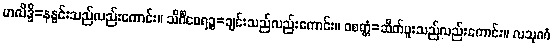
ဟလိဒ္ဒိ=နနွင်းသည်လည်းကောင်း။ သိင်္ဂီဝေရဉ္စ=ချင်းသည်လည်းကောင်း။ ဝစတ္တံ=ဆိတ်ဖူးသည်လည်းကောင်း။ လသုဏံ